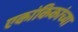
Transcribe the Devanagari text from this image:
एकांकिकांच्या